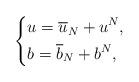
LaTeX: \begin{align*} \left\{ \begin{aligned} &u = \overline{u}_N + u^N,\\ &b = \overline{b}_N + b^N, \end{aligned} \right.\end{align*}